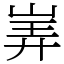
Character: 㟖